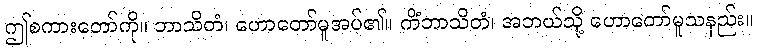
ဤစကားတော်ကို။ ဘာသိတံ၊ ဟောတော်မူအပ်၏။ ကိံဘာသိတံ၊ အဘယ်သို့ ဟောတော်မူသနည်း။